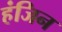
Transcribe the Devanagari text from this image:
हंजिन